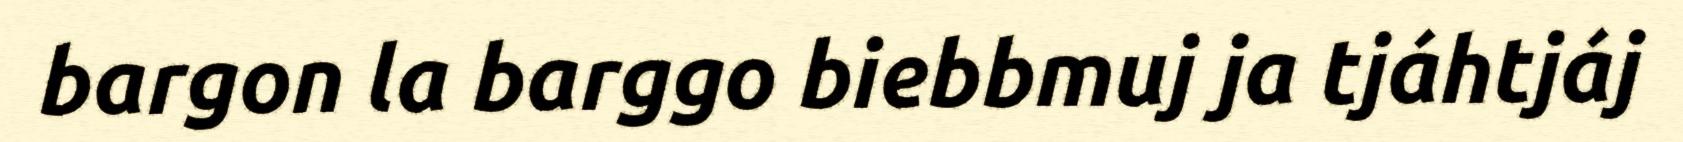
bargon la barggo biebbmuj ja tjáhtjáj